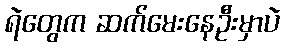
ရဲတွေက ဆက်မေးနေဦးမှာပဲ